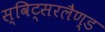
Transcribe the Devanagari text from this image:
स्विट्सरलैण्ड